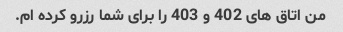
من اتاق های 402 و 403 را برای شما رزرو کرده ام.